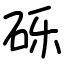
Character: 砾